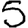
Digit: 5